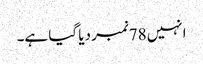
انہیں 78نمبر دیا گیا ہے۔